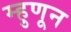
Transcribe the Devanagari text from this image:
म्हुणून